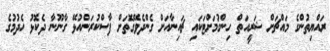
ރައްޔިތުންގެ މައްޗަށް ޝަރީއަތް ހިންގުމަށްޓަކައި ޗައިނާއަށް ގެންދެވޭގޮތަށް ފާސްކުރަންއުޅޭ ގާނޫނާ ދެކޮޅު ހެދުމުގެ